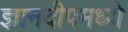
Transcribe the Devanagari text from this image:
ज्ञानदीपमध्ये